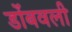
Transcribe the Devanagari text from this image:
डोंबवली